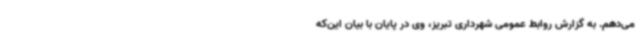
می‌دهم. به گزارش روابط عمومی شهرداری تبریز، وی در پایان با بیان این‌که